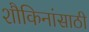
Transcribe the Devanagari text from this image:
शौकिनांसाठी